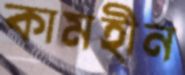
কামহীন